Vaccination in Bombay 1863-1868 - 1863-1868
Year: 1863
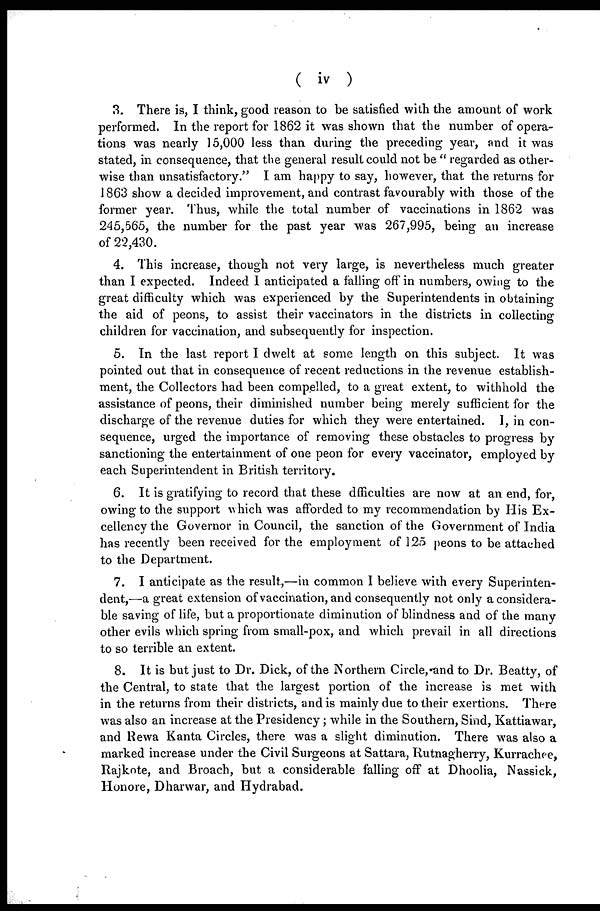
( iv )
3. There is, I think, good reason to be satisfied with the amount of work
performed. In the report for 1862 it was shown that the number of opera-
tions was nearly 15,000 less than during the preceding year, and it was
stated, in consequence, that the general result could not be " regarded as other-
wise than unsatisfactory." I am happy to say, however, that the returns for
1863 show a decided improvement, and contrast favourably with those of the
former year. Thus, while the total number of vaccinations in 1862 was
245,565, the number for the past year was 267,995, being an increase
of 22,430.
4. This increase, though not very large, is nevertheless much greater
than I expected. Indeed I anticipated a falling off in numbers, owing to the
great difficulty which was experienced by the Superintendents in obtaining
the aid of peons, to assist their vaccinators in the districts in collecting
children for vaccination, and subsequently for inspection.
5. In the last report I dwelt at some length on this subject. It was
pointed out that in consequence of recent reductions in the revenue establish-
ment, the Collectors had been compelled, to a great extent, to withhold the
assistance of peons, their diminished number being merely sufficient for the
discharge of the revenue duties for which they were entertained. I, in con-
sequence, urged the importance of removing these obstacles to progress by
sanctioning the entertainment of one peon for every vaccinator, employed by
each Superintendent in British territory.
6. It is gratifying to record that these dfficulties are now at an end, for,
owing to the support which was afforded to my recommendation by His Ex-
cellency the Governor in Council, the sanction of the Government of India
has recently been received for the employment of 125 peons to be attached
to the Department.
7. I anticipate as the result,—in common I believe with every Superinten-
dent,—a great extension of vaccination, and consequently not only a considera-
ble saving of life, but a proportionate diminution of blindness and of the many
other evils which spring from small-pox, and which prevail in all directions
to so terrible an extent.
8. It is but just to Dr. Dick, of the Northern Circle, and to Dr. Beatty, of
the Central, to state that the largest portion of the increase is met with
in the returns from their districts, and is mainly due to their exertions. There
was also an increase at the Presidency; while in the Southern, Sind, Kattiawar,
and Rewa Kanta Circles, there was a slight diminution. There was also a
marked increase under the Civil Surgeons at Sattara, Rutnagherry, Kurrachee,
Rajkote, and Broach, but a considerable falling off at Dhoolia, Nassick,
Honore, Dharwar, and Hydrabad.